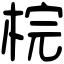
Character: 梡